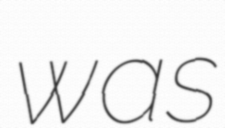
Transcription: was